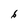
Character: 6